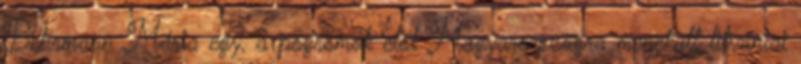
Behrmann Mária egy, a pogromok elől Magyarországra menekült litvániai